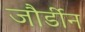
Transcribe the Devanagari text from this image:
जौर्डीन